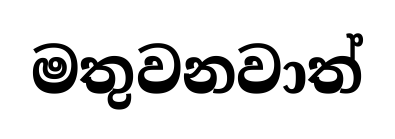
මතුවනවාත්